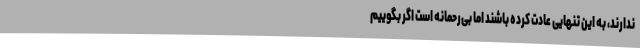
ندارند، به این تنهایی عادت کرده‌ باشند اما بی‌رحمانه است اگر بگوییم